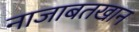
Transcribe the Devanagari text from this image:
नाजाबतखान